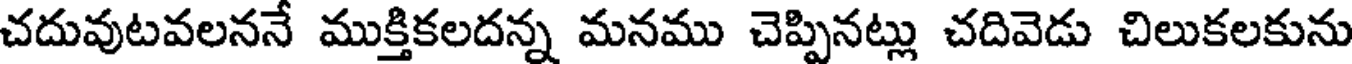
చదువుటవలననే ముక్తికలదన్న మనము చెప్పినట్లు చదివెడు చిలుకలకును